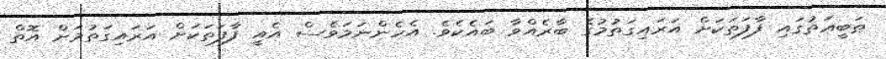
ޠަބީޢަތުގައި ފާފަތަކަށް އަރައިގަތުމުގެ ބާރެއްވާ ބައެކެވެ. އެހެންނަމަވެސް އެއީ ފާފަތަކަށް އަރައިގަތުމަށް އޮތް